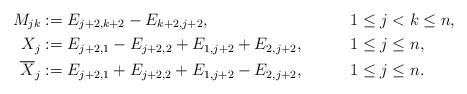
LaTeX: \begin{align*} M_{jk} &:= E_{j+2,k+2}-E_{k+2,j+2}, && 1\leq j<k\leq n,\\ X_j &:= E_{j+2,1}-E_{j+2,2}+E_{1,j+2}+E_{2,j+2}, && 1\leq j\leq n,\\ \overline{X}_j &:= E_{j+2,1}+E_{j+2,2}+E_{1,j+2}-E_{2,j+2}, && 1\leq j\leq n.\end{align*}